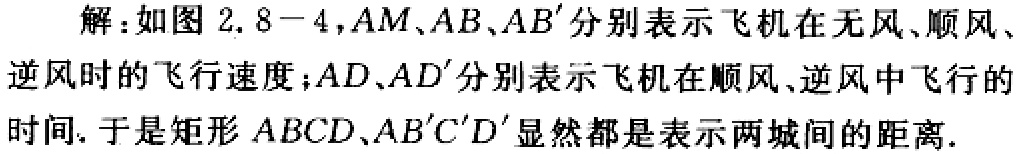
解：如图 2.8 - 4，$AM、AB、AB'$分别表示飞机在无风、顺风、逆风时的飞行速度；$AD、AD'$分别表示飞机在顺风、逆风中飞行的时间. 于是矩形$ABCD、AB'C'D'$显然都是表示两城间的距离.